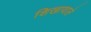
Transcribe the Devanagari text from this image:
शिखावाले